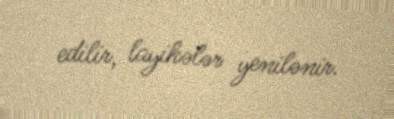
edilir, layihələr yenilənir.